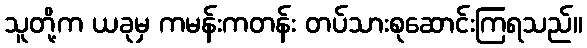
သူတို့က ယခုမှ ကမန်းကတန်း တပ်သားစုဆောင်းကြရသည်။